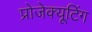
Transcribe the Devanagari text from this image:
प्रोजेक्यूटिंग